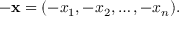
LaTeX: - \mathbf { x } = ( - x _ { 1 } , - x _ { 2 } , \ldots , - x _ { n } ) .